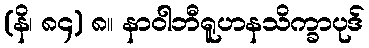
(နိ၊ ၈၄) ၈။ နာဝါဘီရူဟနသိက္ခာပုဒ်